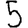
Digit: 5